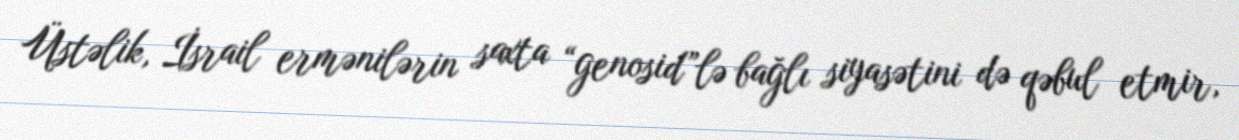
Üstəlik, İsrail ermənilərin saxta “genosid”lə bağlı siyasətini də qəbul etmir,